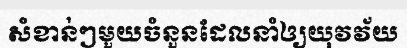
សំខាន់ៗមួយចំនួនដែលនាំឲ្យយុវវ័យ